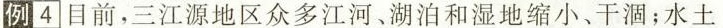
例4]目前，三江源地区众多江河、湖泊和湿地缩小、干涸；水土